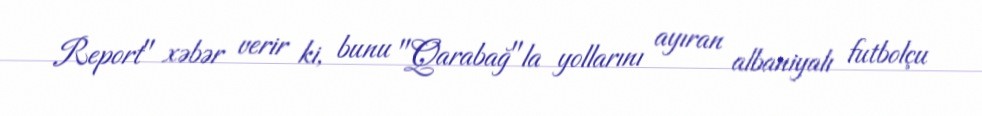
Report" xəbər verir ki, bunu "Qarabağ"la yollarını ayıran albaniyalı futbolçu